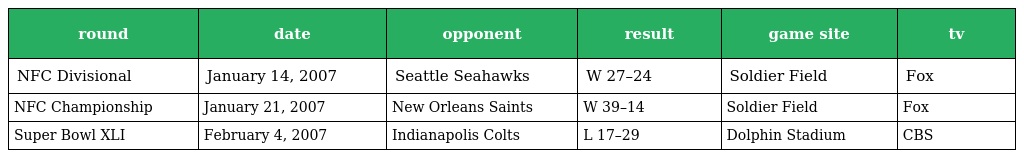
| round | date | opponent | result | game site | tv |
 | --- | --- | --- | --- | --- | --- |
 | NFC Divisional | January 14, 2007 | Seattle Seahawks | W 27–24 | Soldier Field | Fox |
 | NFC Championship | January 21, 2007 | New Orleans Saints | W 39–14 | Soldier Field | Fox |
 | Super Bowl XLI | February 4, 2007 | Indianapolis Colts | L 17–29 | Dolphin Stadium | CBS |